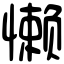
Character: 懒